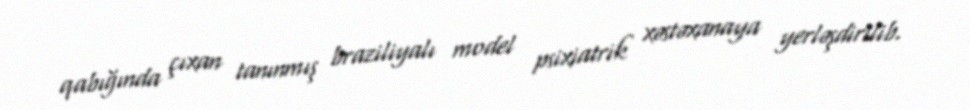
qabığında çıxan tanınmış braziliyalı model psixiatrik xəstəxanaya yerləşdirilib.